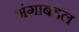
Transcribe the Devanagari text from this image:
भंगाबद्दल